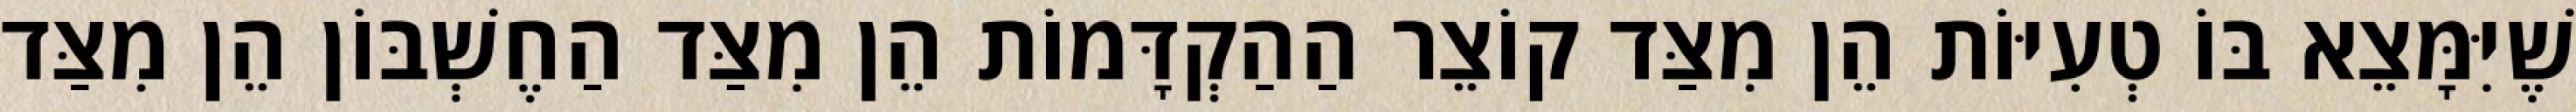
שֶׁיִּמָּצֵא בּוֹ טְעִיּוֹת הֵן מִצַּד קוֹצֵר הַהַקְדָּמוֹת הֵן מִצַּד הַחֶשְׁבּוֹן הֵן מִצַּד